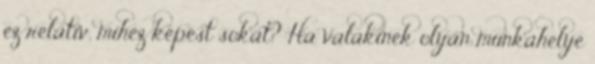
ez relatív, mihez képest sokat? Ha valakinek olyan munkahelye